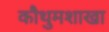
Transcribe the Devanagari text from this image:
कौथुमशाखा